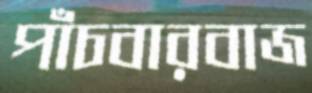
পাঁচবারবাজ